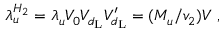
\lambda _ { u } ^ { H _ { 2 } } = \lambda _ { u } V _ { 0 } V _ { d _ { \mathrm { L } } } V _ { d _ { \mathrm { L } } } ^ { \prime } = ( M _ { u } / v _ { 2 } ) V ~ ,